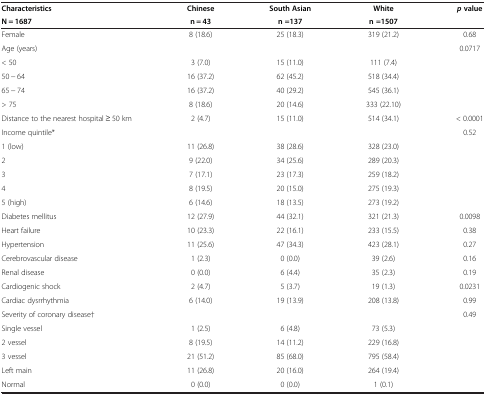
<table><thead><tr><td><b>Characteristics</b></td><td><b>Chinese</b></td><td><b>South Asian</b></td><td><b>White</b></td><td><b><i>p</i>value</b></td></tr><tr><td><b>N = 1687</b></td><td><b>n = 43</b></td><td><b>n =137</b></td><td><b>n =1507</b></td><td><b> </b></td></tr></thead><tbody><tr><td>Female</td><td>8 (18.6)</td><td>25 (18.3)</td><td>319 (21.2)</td><td>0.68</td></tr><tr><td>Age (years)</td><td> </td><td> </td><td> </td><td>0.0717</td></tr><tr><td>&lt; 50</td><td>3 (7.0)</td><td>15 (11.0)</td><td>111 (7.4)</td><td> </td></tr><tr><td>50 − 64</td><td>16 (37.2)</td><td>62 (45.2)</td><td>518 (34.4)</td><td> </td></tr><tr><td>65 − 74</td><td>16 (37.2)</td><td>40 (29.2)</td><td>545 (36.1)</td><td> </td></tr><tr><td>&gt; 75</td><td>8 (18.6)</td><td>20 (14.6)</td><td>333 (22.10)</td><td> </td></tr><tr><td>Distance to the nearest hospital ≥ 50 km</td><td>2 (4.7)</td><td>15 (11.0)</td><td>514 (34.1)</td><td>&lt; 0.0001</td></tr><tr><td>Income quintile*</td><td colspan="3"> </td><td>0.52</td></tr><tr><td>1 (low)</td><td>11 (26.8)</td><td>38 (28.6)</td><td>328 (23.0)</td><td> </td></tr><tr><td>2</td><td>9 (22.0)</td><td>34 (25.6)</td><td>289 (20.3)</td><td> </td></tr><tr><td>3</td><td>7 (17.1)</td><td>23 (17.3)</td><td>259 (18.2)</td><td> </td></tr><tr><td>4</td><td>8 (19.5)</td><td>20 (15.0)</td><td>275 (19.3)</td><td> </td></tr><tr><td>5 (high)</td><td>6 (14.6)</td><td>18 (13.5)</td><td>273 (19.2)</td><td> </td></tr><tr><td>Diabetes mellitus</td><td>12 (27.9)</td><td>44 (32.1)</td><td>321 (21.3)</td><td>0.0098</td></tr><tr><td>Heart failure</td><td>10 (23.3)</td><td>22 (16.1)</td><td>233 (15.5)</td><td>0.38</td></tr><tr><td>Hypertension</td><td>11 (25.6)</td><td>47 (34.3)</td><td>423 (28.1)</td><td>0.27</td></tr><tr><td>Cerebrovascular disease</td><td>1 (2.3)</td><td>0 (0.0)</td><td>39 (2.6)</td><td>0.16</td></tr><tr><td>Renal disease</td><td>0 (0.0)</td><td>6 (4.4)</td><td>35 (2.3)</td><td>0.19</td></tr><tr><td>Cardiogenic shock</td><td>2 (4.7)</td><td>5 (3.7)</td><td>19 (1.3)</td><td>0.0231</td></tr><tr><td>Cardiac dysrrhythmia</td><td>6 (14.0)</td><td>19 (13.9)</td><td>208 (13.8)</td><td>0.99</td></tr><tr><td>Severity of coronary disease†</td><td> </td><td> </td><td> </td><td>0.49</td></tr><tr><td>Single vessel</td><td>1 (2.5)</td><td>6 (4.8)</td><td>73 (5.3)</td><td> </td></tr><tr><td>2 vessel</td><td>8 (19.5)</td><td>14 (11.2)</td><td>229 (16.8)</td><td> </td></tr><tr><td>3 vessel</td><td>21 (51.2)</td><td>85 (68.0)</td><td>795 (58.4)</td><td> </td></tr><tr><td>Left main</td><td>11 (26.8)</td><td>20 (16.0)</td><td>264 (19.4)</td><td> </td></tr><tr><td>Normal</td><td>0 (0.0)</td><td>0 (0.0)</td><td>1 (0.1)</td><td> </td></tr></tbody></table>